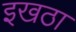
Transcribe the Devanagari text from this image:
इखठा